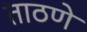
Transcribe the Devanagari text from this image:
ताठणे